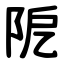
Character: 阸